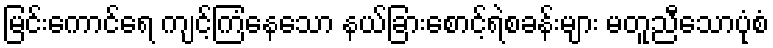
မြင်းကောင်ရေ ကျင့်ကြံနေသော နယ်ခြားစောင့်ရဲစခန်းများ မတူညီသောပုံစံ